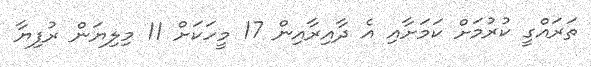
ތަރައްގީ ކުރުމަށް ކަމަށާއި އެ ދާއިރާއިން 17 މީހަކަށް 11 މިލިޔަން ރުފިޔާ